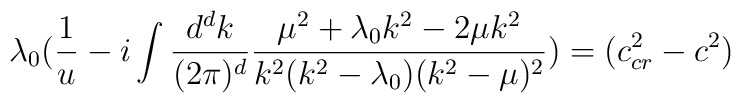
\lambda_0 (\frac{1}{u}-i  \int \frac{d^d k}{(2 \pi)^d} \frac{\mu^2+\lambda_0 k^2-2\mu k^2}{k^2 (k^2- \lambda_0)(k^2-\mu)^2})=(c_{cr}^2 - c^2)